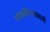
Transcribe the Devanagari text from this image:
वाळविण्यासाठी